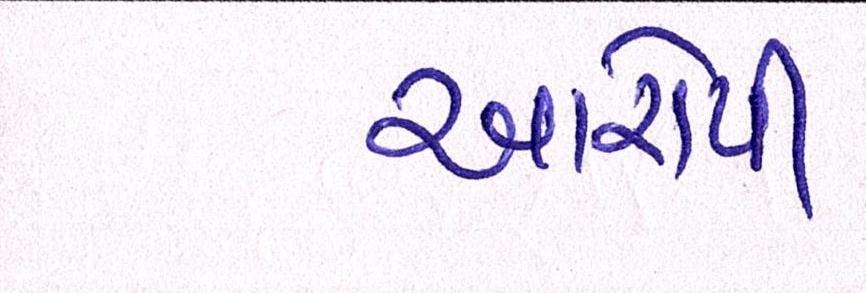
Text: આરોપી